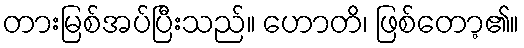
တားမြစ်အပ်ပြီးသည်။ ဟောတိ၊ ဖြစ်တော့၏။